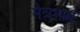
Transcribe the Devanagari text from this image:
मैत्रभाव